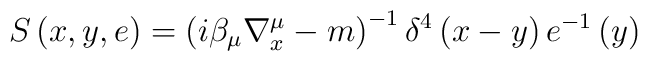
S\left( x,y,e\right) =\left( i\beta _{\mu }\nabla _{x}^{\mu }-m\right)^{-1}\delta ^{4}\left( x-y\right) e^{-1}\left( y\right)